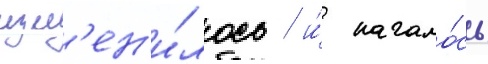
изм'ен'и́лось / и́ начало́сь